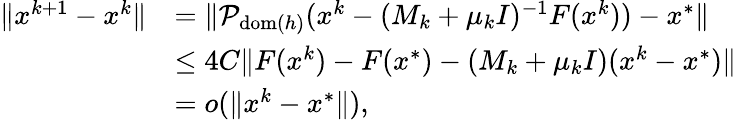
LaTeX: \begin{array}{rl}{\| x^{k+1}-x^{k}\| }&{=\| \mathcal{P}_{\mathrm{dom}(h)}(x^{k}-(M_{k}+\mu_{k}I)^{-1}F(x^{k}))-x^{*}\| }\\ &{\leq 4C\| F(x^{k})-F(x^{*})-(M_{k}+\mu_{k}I)(x^{k}-x^{*})\| }\\ &{=o(\| x^{k}-x^{*}\| ),}\end{array}